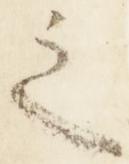
之